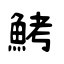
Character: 鮳